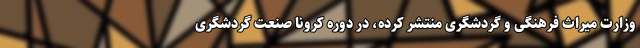
وزارت میراث فرهنگی و گردشگری منتشر کرده، در دوره کرونا صنعت گردشگری